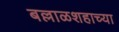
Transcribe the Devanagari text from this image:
बल्लाळशहाच्या